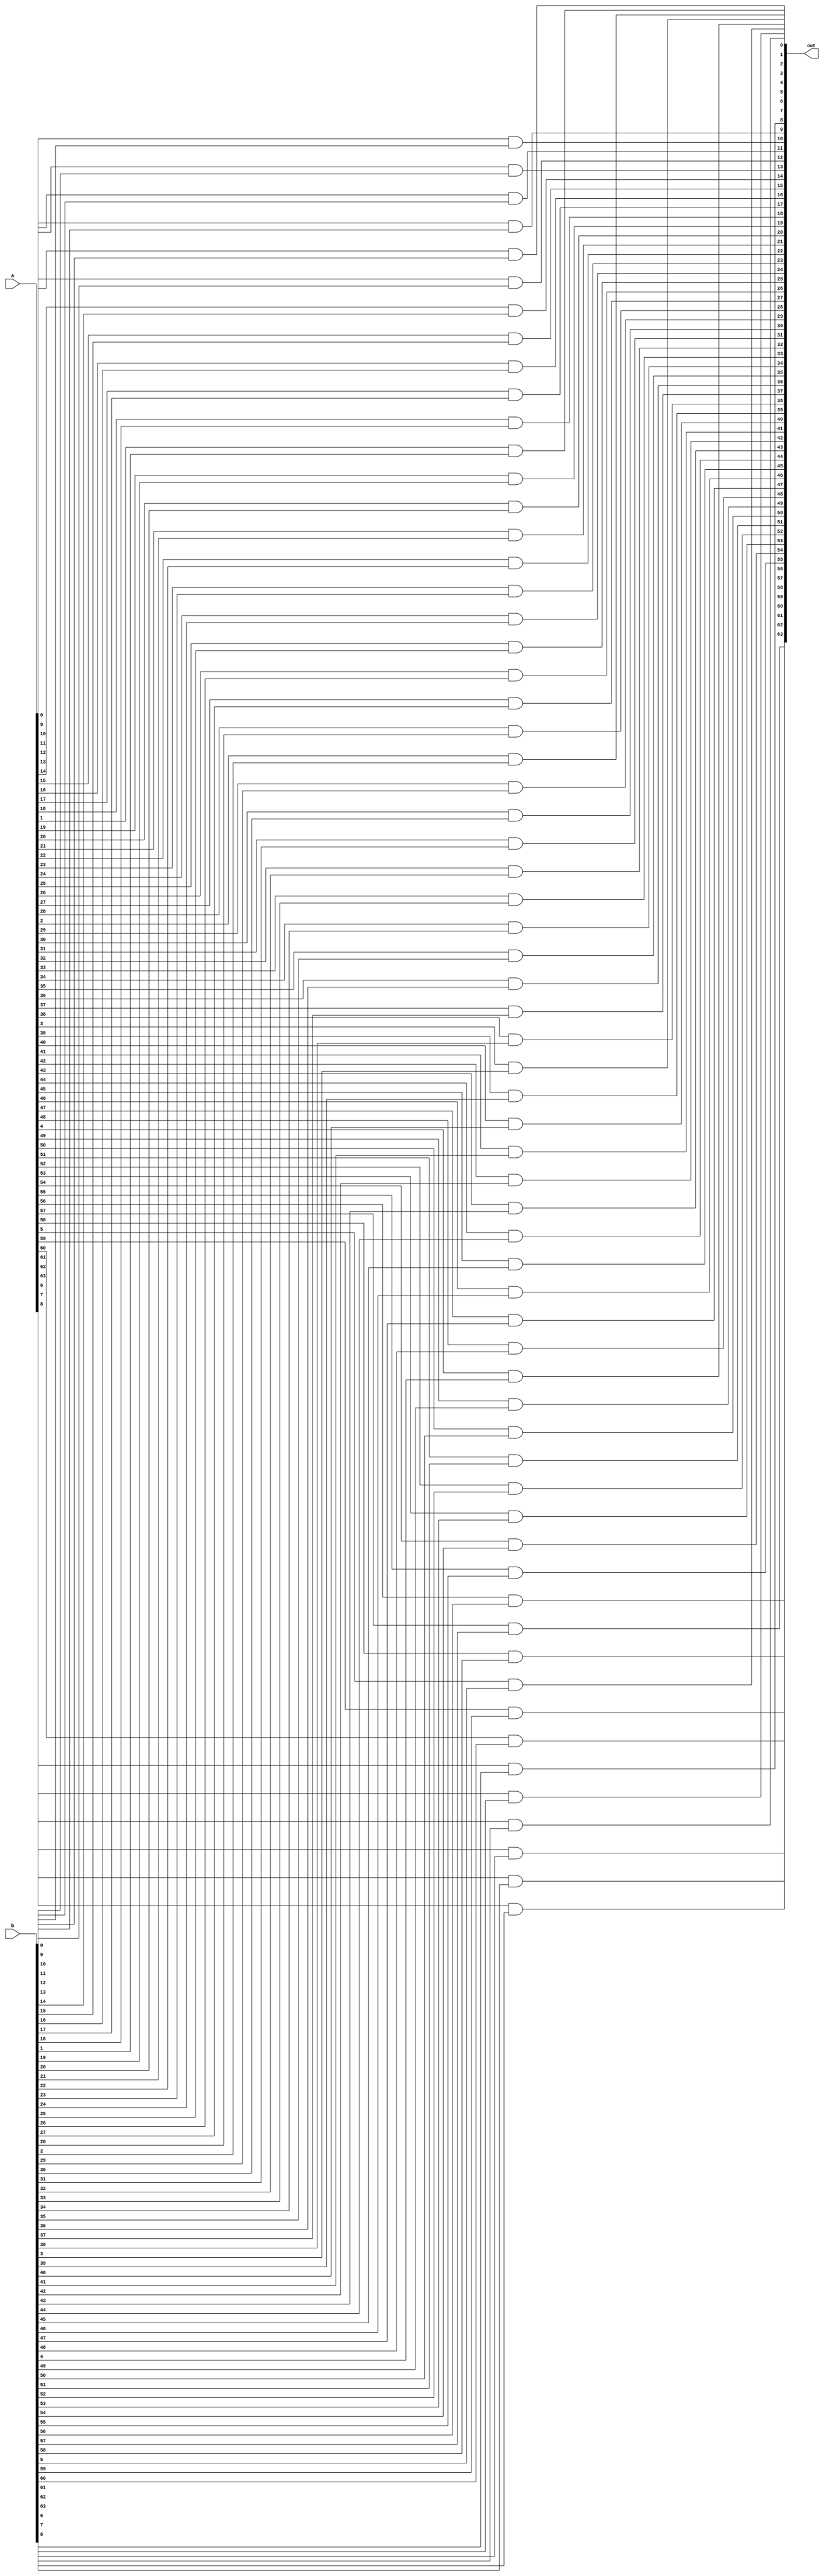


module and_vector(
	input wire [63:0]a,
	input wire [63:0]b,
	output wire [63:0]out
	);
	
genvar i;

generate for(i=0; i<64; i=i+1)
	begin
		and and_gate1( out[i], a[i], b[i] );
	end
	endgenerate

endmodule